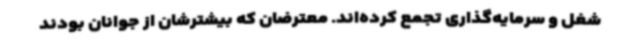
شغل و سرمایه‌گذاری تجمع کرده‌اند. معترضان که بیشترشان از جوانان بودند